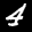
Label: 4